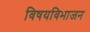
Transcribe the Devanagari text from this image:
विषयविभाजन